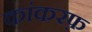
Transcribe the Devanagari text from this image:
कांकरफ़